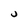
Character: U